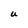
Character: U